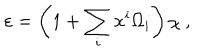
\varepsilon = \left( 1 + \sum _ { i } x ^ { i } \Omega _ { i } \right) \chi ~ ,